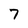
Character: 7